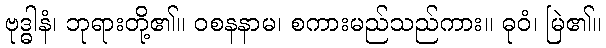
ဗုဒ္ဓါနံ၊ ဘုရားတို့၏။ ဝစနနာမ၊ စကားမည်သည်ကား။ ဓုဝံ၊ မြဲ၏။